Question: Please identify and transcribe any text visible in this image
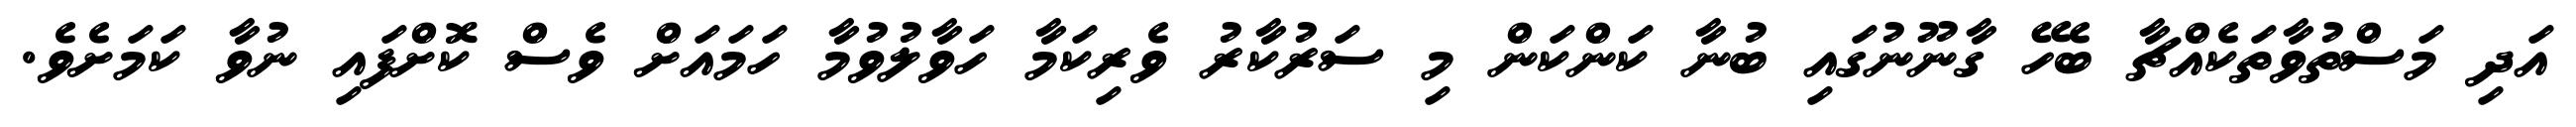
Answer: އަދި މަސްތުވާތަކެއްޗާ ބެހޭ ގާނޫނުގައި ބުނާ ކަންކަން މި ސަރުކާރު ވެރިކަމާ ހަވާލުވުމާ ހަމައަށް ވެސް ކޮށްފައި ނުވާ ކަމަށެވެ.